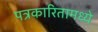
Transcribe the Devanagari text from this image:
पत्रकारितामध्ये